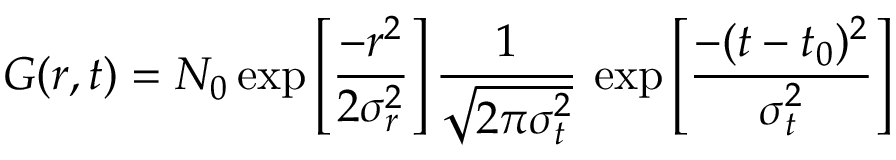
G ( r , t ) = N _ { 0 } \exp { \left[ \frac { - r ^ { 2 } } { 2 \sigma _ { r } ^ { 2 } } \right] } \, \frac { 1 } { \sqrt { 2 \pi \sigma _ { t } ^ { 2 } } } \, \exp { \left[ \frac { - ( t - t _ { 0 } ) ^ { 2 } } { \sigma _ { t } ^ { 2 } } \right] }